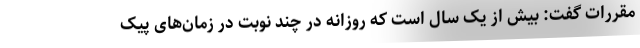
مقررات گفت: بیش از یک سال است که روزانه در چند نوبت در زمان‌های پیک